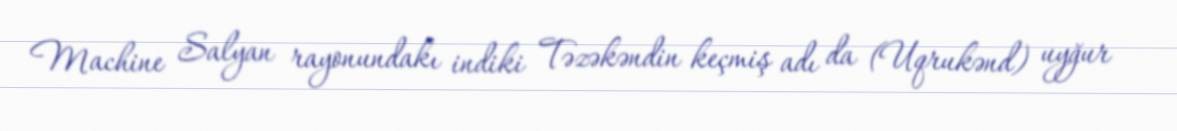
Machine Salyan rayonundakı indiki Təzəkəndin keçmiş adı da (Uqrukənd) uyğur